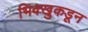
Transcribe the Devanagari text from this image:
भिक्खुकडून